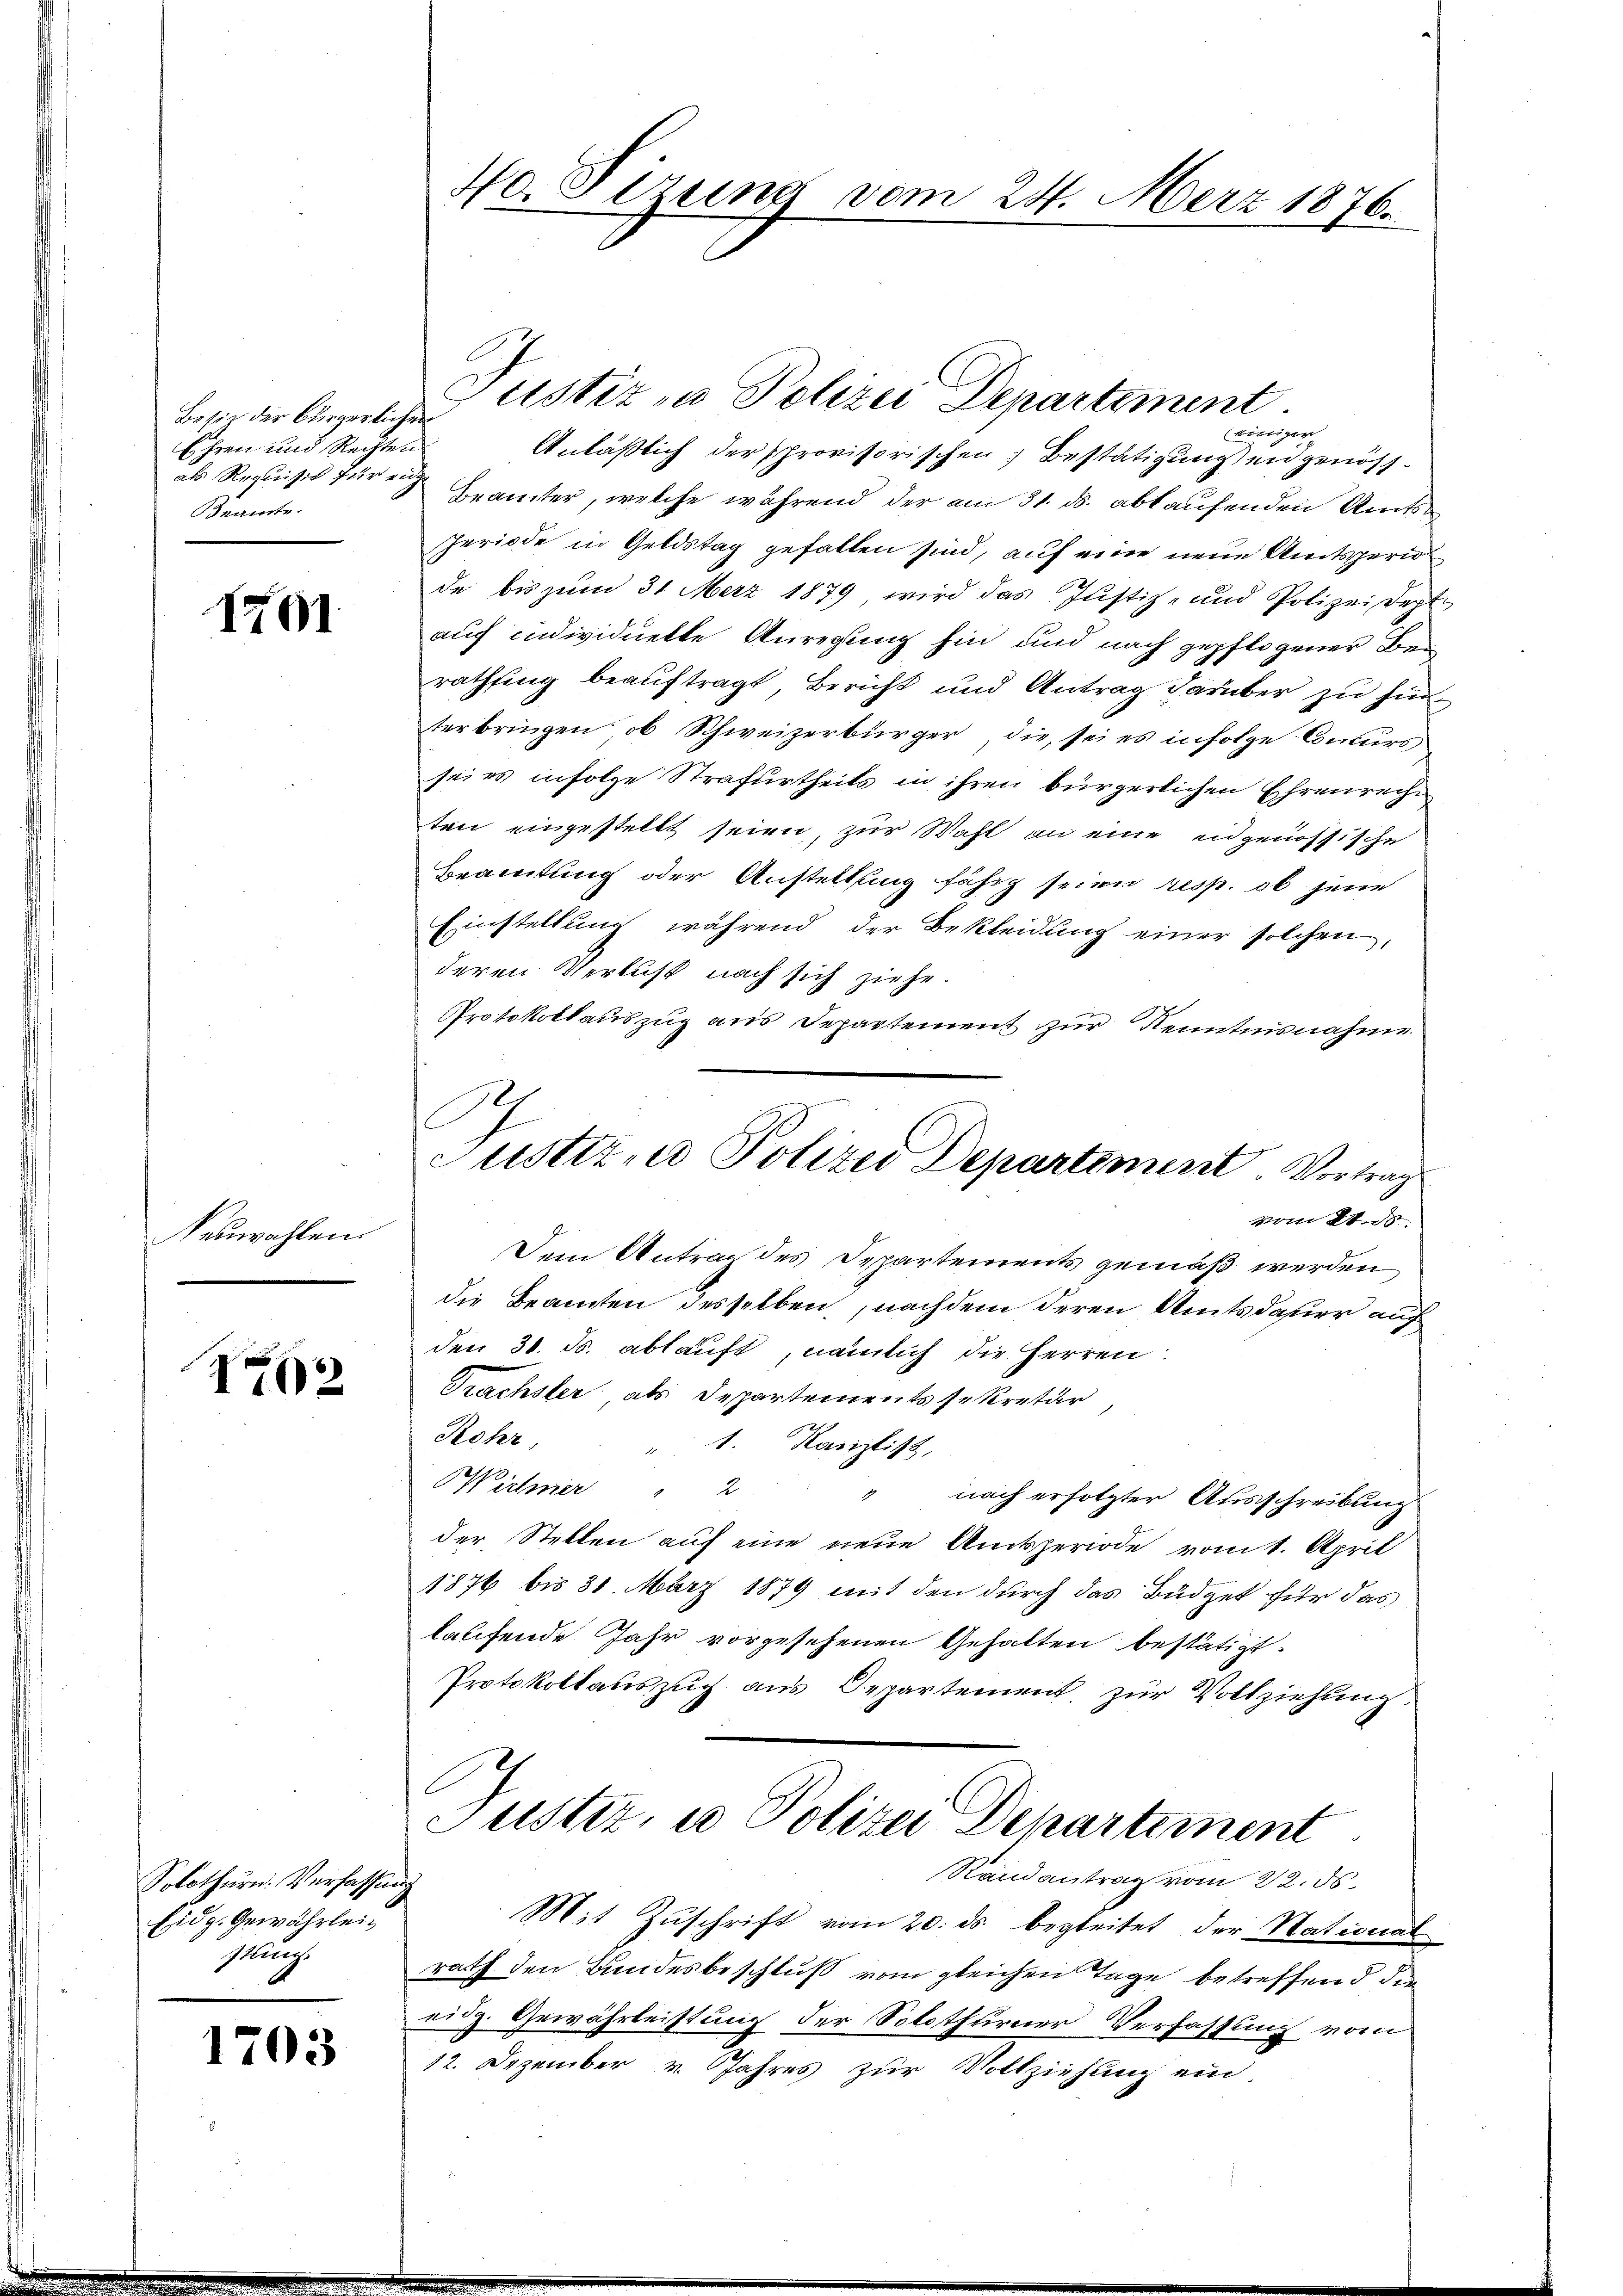
Besie der bürgerlicher
Ehren und Rechten
als Requisit für ein
Beamte.

1501

Neuwahlen.

162

Solothurn. Verfassen
Eidg. Gewährleiskling.

1703

40. Sizung vom 24. März 1876.

Justiz zu Polizei Departement.

einiger
Anläßlich der provisorischen Bestätigungen genöss
Beamter, welche während der am 31. ds. abkaufenden Amts
Periode in Geldstag gefallen sind, auf eine neue Amtsperio
de bis zum 31. Merz 1879 wird das Justiz- und Polizei Sept,
auf individuette Anregung hin und nach gepflogener Bei
rathsing beauftragt, Bericht und Antrag darüber zu hinterbringen, ob Schweizerbürger, die, sei es infolge Conturs
seirs infolge Strafurtheils in ihren bürgerlichen Ehrenreche
ten eingestellt seien, zur Wahl an eine engenössische
Beamtung oder Anstellung fähig seien resp. ob jene
Einstellung während der Bekleidung einer solchen,
deren Verlust nach sich ziehe.
Protokollauszug aus Departement zur Kenntnisnahme
vom 21. ds.
Dem Antrag des Departements gemäß werden
die Beamten desselben, nachdem deren Amtsdauer auf
den 30. Js. ablauft, nämlich die Herren
Trächster als Departements sekretär,
Rohr,
1. Kanzlist,
Wicher " 2
" nach erfolgter Ausschreibung
der Stellen auf eine neue Amtsperiode vom 1. April
1876 bis 31. März 1879 mit den durch das Büdget für das
laufende Jahr vorgesehenen Gehalten bestätigt.
Protokollauszug aus Departement, zur Vollziehung
Justiz, u Polizei Departement
Randantrag vom 22. ds.
c
Mit Zuschrift vom 20. ds. begleitet der National
rath den Bundesbeschluß vom gleichen Tage betreffend die
eidg. Gewährleistung der Solothurner Verfassung vom
12. Dezember v. Jahres zur Vollziehung ein.

C
Justiz, Polizei Departement. Vortrags